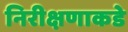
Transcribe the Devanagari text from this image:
निरीक्षणाकडे